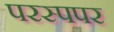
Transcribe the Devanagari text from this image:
परस्पपर